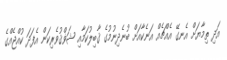
އަދި ތިމާޔަށް އެނގޭ އެއްޗެއް އަނެކާއަށް ބުނެދިނުމުގެ ޤާބިލުކަމާއި ޝަޥްޤުވެރިކަން އެފަދަ ކުއްޖެއްގެ